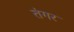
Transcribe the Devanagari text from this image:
तंगर